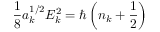
\frac { 1 } { 8 } a _ { k } ^ { 1 / 2 } E _ { k } ^ { 2 } = \hbar \left( n _ { k } + \frac { 1 } { 2 } \right)